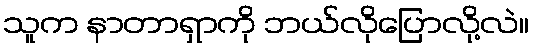
သူက နာတာရှာကို ဘယ်လိုပြောလို့လဲ။